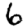
Digit: 6